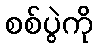
စစ်ပွဲကို